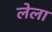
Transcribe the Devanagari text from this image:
लेला